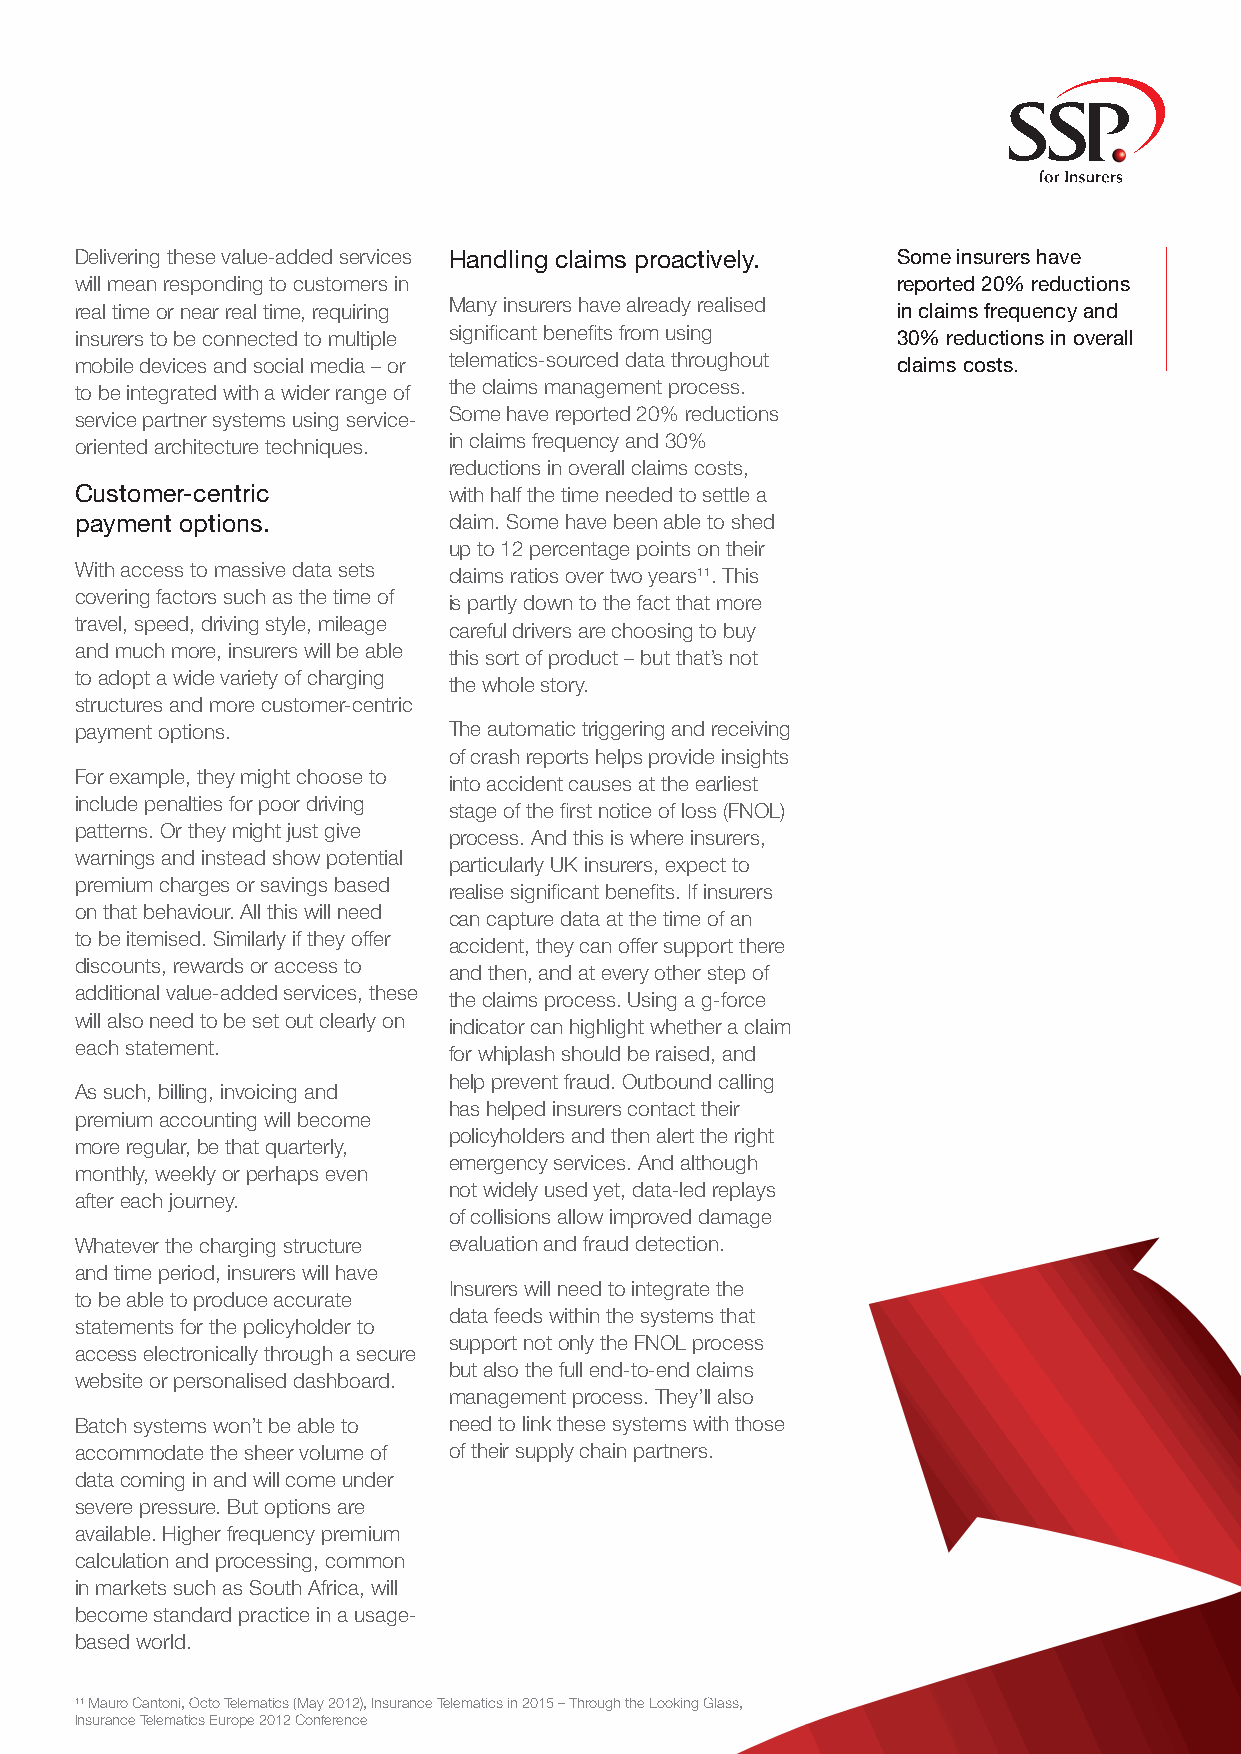
Delivering these value-added services Handling claims proactively. Some insurers have
 will mean responding to customers in                  reported 20% reductions
 real time or near real time, requiring Many insurers have already realised in claims frequency and
 insurers to be connected to multiple significant benefits from using 30% reductions in overall
 mobile devices and social media – or telematics-sourced data throughout claims costs.
 to be integrated with a wider range of the claims management process.
 service partner systems using service- Some have reported 20% reductions
 oriented architecture techniques. in claims frequency and 30%
 reductions in overall claims costs,
 Customer-centric         with half the time needed to settle a
 payment options.         claim. Some have been able to shed
 up to 12 percentage points on their
 With access to massive data sets
 claims ratios over two years11. This
 covering factors such as the time of
 is partly down to the fact that more
 travel, speed, driving style, mileage
 careful drivers are choosing to buy
 and much more, insurers will be able
 this sort of product – but that’s not
 to adopt a wide variety of charging
 the whole story.
 structures and more customer-centric
 payment options.         The automatic triggering and receiving
 of crash reports helps provide insights
 For example, they might choose to
 into accident causes at the earliest
 include penalties for poor driving
 stage of the first notice of loss (FNOL)
 patterns. Or they might just give
 process. And this is where insurers,
 warnings and instead show potential
 particularly UK insurers, expect to
 premium charges or savings based
 realise significant benefits. If insurers
 on that behaviour. All this will need
 can capture data at the time of an
 to be itemised. Similarly if they offer
 accident, they can offer support there
 discounts, rewards or access to
 and then, and at every other step of
 additional value-added services, these
 the claims process. Using a g-force
 will also need to be set out clearly on
 indicator can highlight whether a claim
 each statement.
 for whiplash should be raised, and
 help prevent fraud. Outbound calling
 As such, billing, invoicing and
 has helped insurers contact their
 premium accounting will become
 policyholders and then alert the right
 more regular, be that quarterly,
 emergency services. And although
 monthly, weekly or perhaps even
 not widely used yet, data-led replays
 after each journey.
 of collisions allow improved damage
 Whatever the charging structure evaluation and fraud detection.
 and time period, insurers will have
 Insurers will need to integrate the
 to be able to produce accurate
 data feeds within the systems that
 statements for the policyholder to
 support not only the FNOL process
 access electronically through a secure
 but also the full end-to-end claims
 website or personalised dashboard.
 management process. They’ll also
 Batch systems won’t be able to need to link these systems with those
 accommodate the sheer volume of of their supply chain partners.
 data coming in and will come under
 severe pressure. But options are
 available. Higher frequency premium
 calculation and processing, common
 in markets such as South Africa, will
 become standard practice in a usage-
 based world.
 11 Mauro Cantoni, Octo Telematics (May 2012), Insurance Telematics in 2015 – Through the Looking Glass,
 Insurance Telematics Europe 2012 Conference